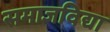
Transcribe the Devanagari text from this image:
समाजविद्या